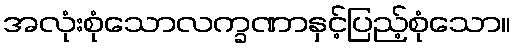
အလုံးစုံသောလက္ခဏာနှင့်ပြည့်စုံသော။